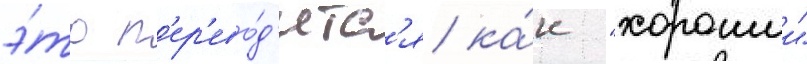
э́то п'ер'ево́д'итс'я ка́к "хорошии"